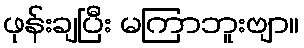
ဖုန်းချပြီး မကြာဘူးဗျာ။